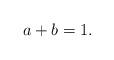
LaTeX: \begin{align*}a+b=1.\end{align*}